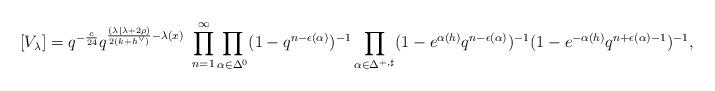
LaTeX: \begin{align*}[V_\lambda] = q^{-\frac{c}{24}} q^{\frac{(\lambda| \lambda + 2\rho) }{2(k+h^\vee)} -\lambda(x)}\ \prod_{n=1}^\infty \prod_{\alpha \in \Delta_{}^{0}} (1-q^{n-\epsilon(\alpha)})^{-1} \prod_{\alpha \in \Delta_{}^{+, \sharp}}(1-e^{\alpha(h)}q^{n-\epsilon(\alpha)})^{-1} (1-e^{-\alpha(h)}q^{n+\epsilon(\alpha)-1})^{-1},\end{align*}